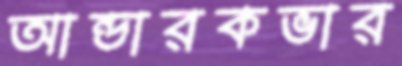
আন্ডারকভার